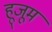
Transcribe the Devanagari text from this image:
हूजूम